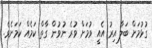
ގުޅުމަށް ބަލާ އިރު އެއީ ވުމަށް ވުރެ ނުވުން ގާތް ކަމެއް ކަމަށެވެ.